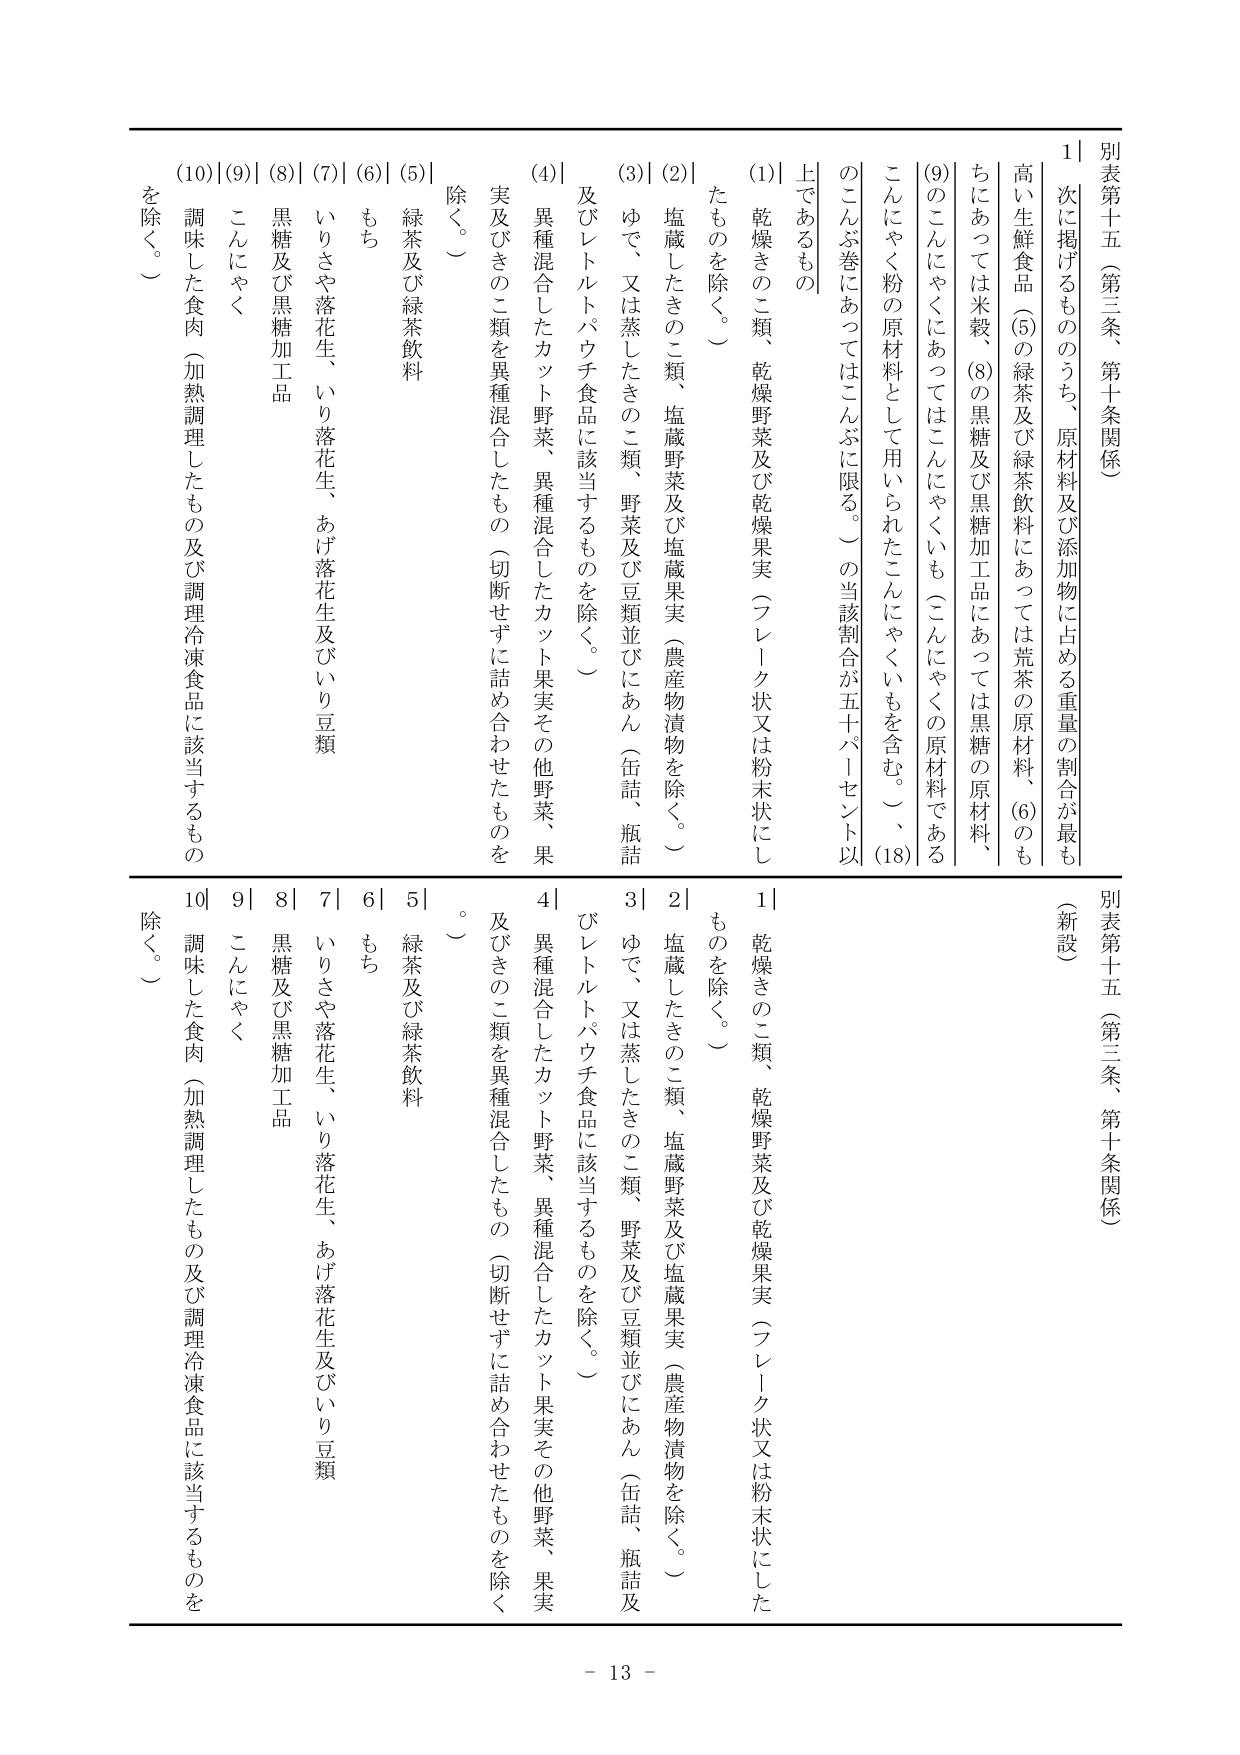
別表第十五（第三条、第十条関係）

1 次に掲げるもののうち、原材料及び添加物に占める重量の割合が最も高い生鮮食品（(5)の緑茶及び緑茶飲料にあっては荒茶の原材料、(6)のもちにあっては米穀、(8)の黒糖及び黒糖加工品にあっては黒糖の原材料、(9)のこんにゃくにあってはこんにゃくいも（こんにゃくの原材料であるこんにゃく粉の原材料として用いられたこんにゃくいもを含む。）、(18)のこんぶ巻にあってはこんぶに限る。）の当該割合が五十パーセント以上であるもの

(1) 乾燥きのこ類、乾燥野菜及び乾燥果実（フレーク状又は粉末状にしたものを除く。）

(2) 塩蔵したきのこ類、塩蔵野菜及び塩蔵果実（農産物漬物を除く。）

(3) ゆで、又は蒸したきのこ類、野菜及び豆類並びにあん（缶詰、瓶詰及びレトルトパウチ食品に該当するものを除く。）

(4) 異種混合したカット野菜、異種混合したカット果実その他野菜、果実及びきのこ類を異種混合したもの（切断せずに詰め合わせたものを除く。）

(5) 緑茶及び緑茶飲料

(6) もち

(7) いりさや落花生、いり落花生、あげ落花生及びいり豆類

(8) 黒糖及び黒糖加工品

(9) こんにゃく

(10) 調味した食肉（加熱調理したもの及び調理冷凍食品に該当するものを除く。）

別表第十五（第三条、第十条関係）（新設）

1 乾燥きのこ類、乾燥野菜及び乾燥果実（フレーク状又は粉末状にしたものを除く。）

2 塩蔵したきのこ類、塩蔵野菜及び塩蔵果実（農産物漬物を除く。）

3 ゆで、又は蒸したきのこ類、野菜及び豆類並びにあん（缶詰、瓶詰及びレトルトパウチ食品に該当するものを除く。）

4 異種混合したカット野菜、異種混合したカット果実その他野菜、果実及びきのこ類を異種混合したもの（切断せずに詰め合わせたものを除く。）

5 緑茶及び緑茶飲料

6 もち

7 いりさや落花生、いり落花生、あげ落花生及びいり豆類

8 黒糖及び黒糖加工品

9 こんにゃく

10 調味した食肉（加熱調理したもの及び調理冷凍食品に該当するものを除く。）

- 13 -